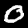
Label: 0